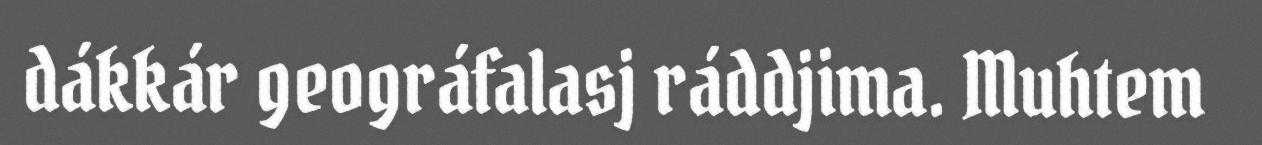
dákkár geográfalasj ráddjima. Muhtem